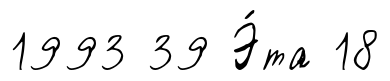
1993 39 Э́та 18